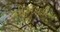
પીએચડીસ